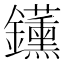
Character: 𬬡